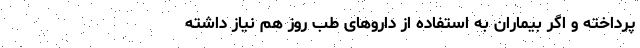
پرداخته و اگر بیماران به استفاده از داروهای طب روز هم نیاز داشته